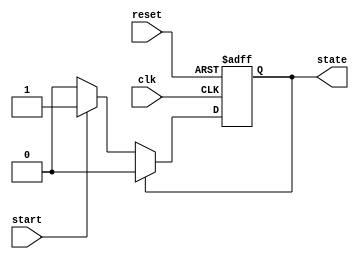
module simple_fsm (
    input wire clk,        // Clock input
    input wire reset,      // Asynchronous reset
    input wire start,      // Input signal to start the state machine
    output reg state       // Output representing the current state
);

// State encoding
localparam STATE_IDLE = 1'b0;
localparam STATE_ACTIVE = 1'b1;

// Sequential logic for state updates
always @(posedge clk or posedge reset) begin
    if (reset) begin
        state <= STATE_IDLE; // Reset to IDLE state
    end else begin
        case (state)
            STATE_IDLE: begin
                if (start) begin
                    state <= STATE_ACTIVE; // Transition to ACTIVE state
                end
            end
            
            STATE_ACTIVE: begin
                // Logic for ACTIVE state can be added here
                // For example, transition back to IDLE after some condition
                state <= STATE_IDLE; // Transition back to IDLE state
            end
            
            default: begin
                state <= STATE_IDLE; // Default case to handle unexpected states
            end
        endcase
    end
end

endmodule